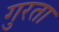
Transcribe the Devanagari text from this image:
गुरता